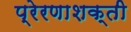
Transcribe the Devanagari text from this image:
प्रेरणाशक्ती